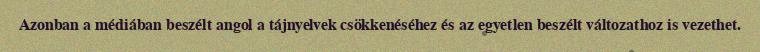
Azonban a médiában beszélt angol a tájnyelvek csökkenéséhez és az egyetlen beszélt változathoz is vezethet.